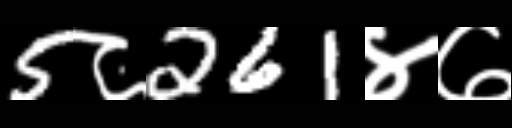
Text: 5८261४७